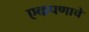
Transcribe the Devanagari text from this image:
एकपणाचे